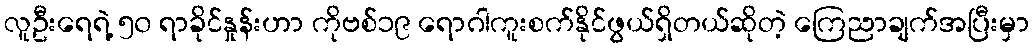
လူဦးရေရဲ့ ၅၀ ရာခိုင်နှုန်းဟာ ကိုဗစ်၁၉ ရောဂါကူးစက်နိုင်ဖွယ်ရှိတယ်ဆိုတဲ့ ကြေညာချက်အပြီးမှာ